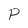
Character: P